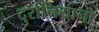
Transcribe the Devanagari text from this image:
दुर्रानियानो